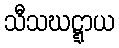
သီသဃဋ္ဋာယ